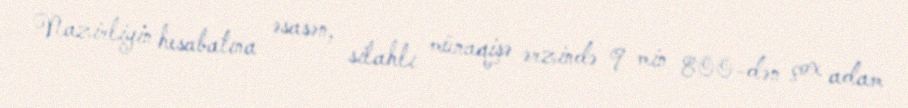
Nazirliyin hesabatına əsasən, silahlı münaqişə ərzində 9 min 800-dən çox adam